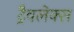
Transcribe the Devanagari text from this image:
ट्रैवलेक्स